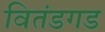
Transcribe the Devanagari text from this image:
वितंडगड